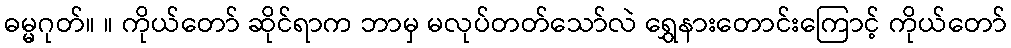
ဓမ္မဂုတ်။ ။ ကိုယ်တော် ဆိုင်ရာက ဘာမှ မလုပ်တတ်သော်လဲ ရွှေနားတောင်းကြောင့် ကိုယ်တော်